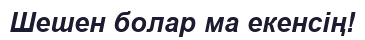
Шешен болар ма екенсің!